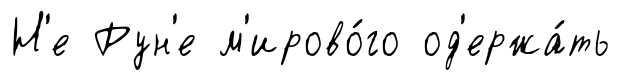
Н'е Рун'е м'ирово́го од'ержа́ть